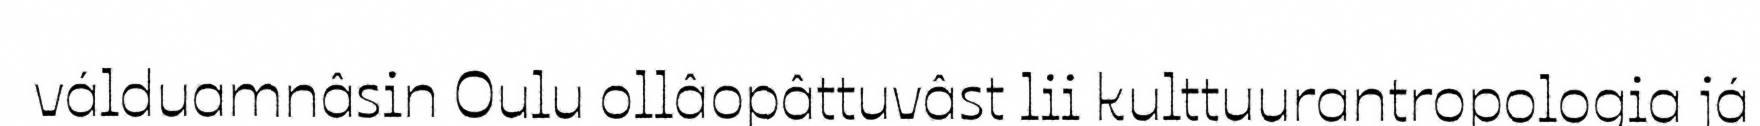
válduamnâsin Oulu ollâopâttuvâst lii kulttuurantropologia já